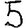
Digit: 5